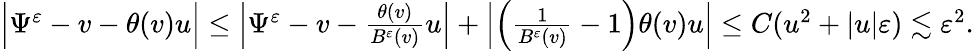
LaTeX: \begin{array}{r}{\Big|\Psi^{\varepsilon}-v-\theta(v)u\Big|\leq\Big|\Psi^{\varepsilon}-v-\frac{\theta(v)}{B^{\varepsilon}(v)}u\Big|+\Big|\Big(\frac{1}{B^{\varepsilon}(v)}-1\Big)\theta(v)u\Big|\leq C(u^{2}+|u|\varepsilon)\lesssim\varepsilon^{2}.}\end{array}